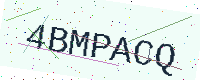
Text: 4BMPACQ